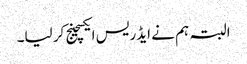
البتہ ہم نے ایڈریس ایکسچینج کر لیا۔